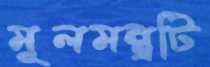
মূলমন্ত্রটি